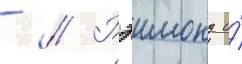
- // Рэимонд и́